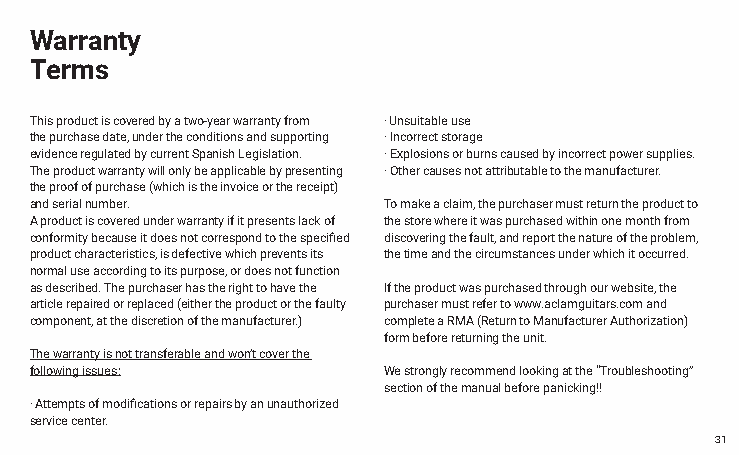
Warranty
 Terms
 This product is covered by a two-year warranty from · Unsuitable use
 the purchase date, under the conditions and supporting · Incorrect storage
 evidence regulated by current Spanish Legislation. · Explosions or burns caused by incorrect power supplies.
 The product warranty will only be applicable by presenting · Other causes not attributable to the manufacturer.
 the proof of purchase (which is the invoice or the receipt)
 and serial number.     To make a claim, the purchaser must return the product to
 A product is covered under warranty if it presents lack of the store where it was purchased within one month from
 conformity because it does not correspond to the specified discovering the fault, and report the nature of the problem,
 product characteristics, is defective which prevents its the time and the circumstances under which it occurred.
 normal use according to its purpose, or does not function
 as described. The purchaser has the right to have the If the product was purchased through our website, the
 article repaired or replaced (either the product or the faulty purchaser must refer to www.aclamguitars.com and
 component, at the discretion of the manufacturer.) complete a RMA (Return to Manufacturer Authorization)
 form before returning the unit.
 The warranty is not transferable and won’t cover the
 following issues:      We strongly recommend looking at the “Troubleshooting”
 section of the manual before panicking!!
 · Attempts of modifications or repairs by an unauthorized
 service center.
 31